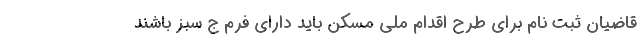
قاضیان ثبت نام برای طرح اقدام ملی مسکن باید دارای فرم ج سبز باشند